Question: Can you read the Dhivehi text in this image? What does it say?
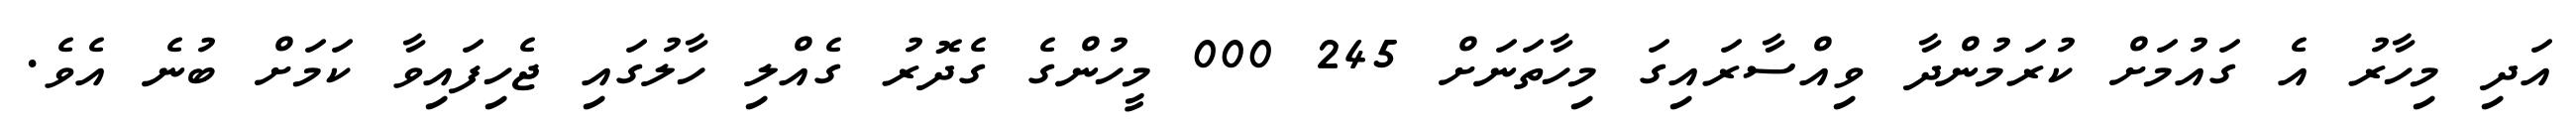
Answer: އަދި މިހާރު އެ ގައުމަށް ކުރަމުންދާ ވިއްސާރައިގަ މިހާތަނަށް 245 000 މީހުންގެ ގެދޮރު ގެއްލި ހާލުގައި ޖެހިފައިވާ ކަމަށް ބުނެ އެވެ.